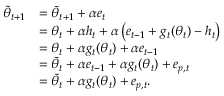
\begin{array} { r l } { \tilde { \theta } _ { t + 1 } } & { = \bar { \theta } _ { t + 1 } + \alpha e _ { t } } \\ & { = \theta _ { t } + \alpha h _ { t } + \alpha \left( e _ { t - 1 } + g _ { t } ( \theta _ { t } ) - h _ { t } \right) } \\ & { = \theta _ { t } + \alpha g _ { t } ( \theta _ { t } ) + \alpha e _ { t - 1 } } \\ & { = \bar { \theta } _ { t } + \alpha e _ { t - 1 } + \alpha g _ { t } ( \theta _ { t } ) + e _ { p , t } } \\ & { = \tilde { \theta } _ { t } + \alpha g _ { t } ( \theta _ { t } ) + e _ { p , t } . } \end{array}